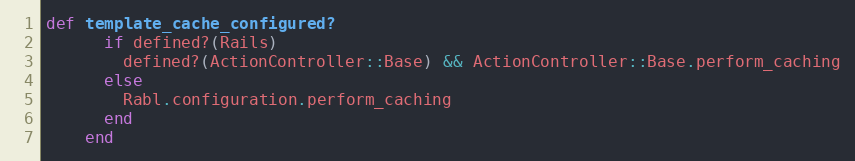
Language: Ruby
def template_cache_configured?
      if defined?(Rails)
        defined?(ActionController::Base) && ActionController::Base.perform_caching
      else
        Rabl.configuration.perform_caching
      end
    end